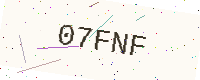
Text: 07FNF